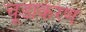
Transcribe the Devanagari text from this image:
चूडाकरण